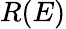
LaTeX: R(E)